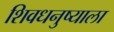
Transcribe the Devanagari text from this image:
शिवधनुष्याला